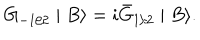
LaTeX: G _ { - 1 / 2 } \mid B \rangle = i \bar { G } _ { 1 / 2 } \mid B \rangle .